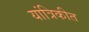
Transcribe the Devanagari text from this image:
यांत्रिकीत